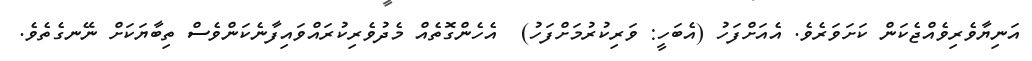
އަނިޔާވެރިވެއްޖެކަން ކަށަވަރެވެ. އެއަށްފަހު (އެބަހީ: ވަރިކުރުމަށްފަހު)  އެހެންގޮތެއް މެދުވެރިކުރައްވައިފާނެކަންވެސް ތިބާޔަކަށް ނޭނގެތެވެ.